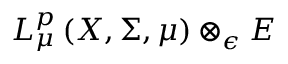
L _ { \mu } ^ { p } \left( X , \Sigma , \mu \right) \otimes _ { \epsilon } E